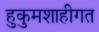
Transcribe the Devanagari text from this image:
हुकुमशाहीगत